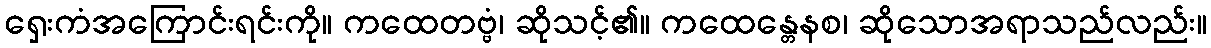
ရှေးကံအကြောင်းရင်းကို။ ကထေတဗ္ဗံ၊ ဆိုသင့်၏။ ကထေန္တေနစ၊ ဆိုသောအရာသည်လည်း။